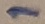
Text: 1